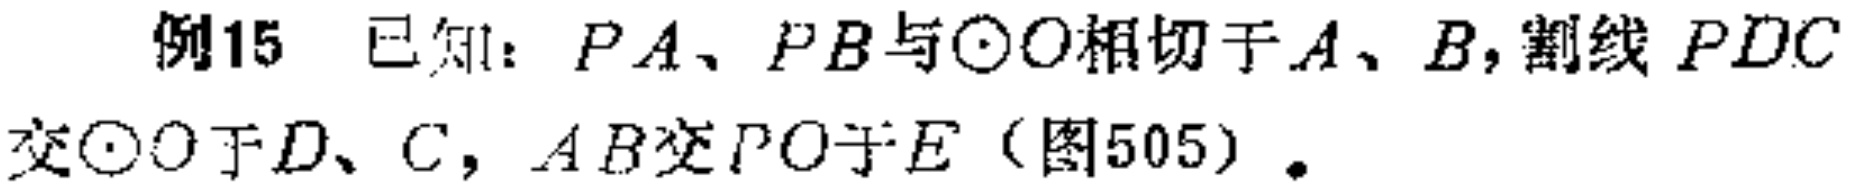
例15 已知：$PA、PB$与$\odot O$相切于$A、B$，割线$PDC$交$\odot O$于$D、C$，$AB$交$PO$于$E$（图505）.